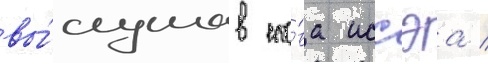
вы́слушав сло́ва иссэа /